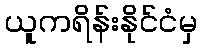
ယူကရိန်းနိုင်ငံမှ